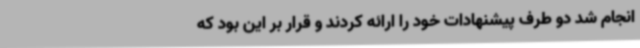
انجام شد دو طرف پیشنهادات خود را ارائه کردند و قرار بر این بود که